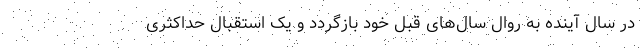
در سال آینده به روال سال‌های قبل خود بازگردد و یک استقبال حداکثری